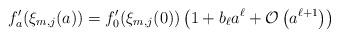
LaTeX: \begin{align*}f'_a(\xi_{m,j}(a))=f'_0(\xi_{m,j}(0))\left(1+ b_{\ell} a^{\ell} +\mathcal{O}\left(a^{\ell+1}\right) \right)\end{align*}